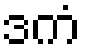
ဒကံ